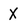
Character: X